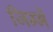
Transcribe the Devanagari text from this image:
जिम्‍में